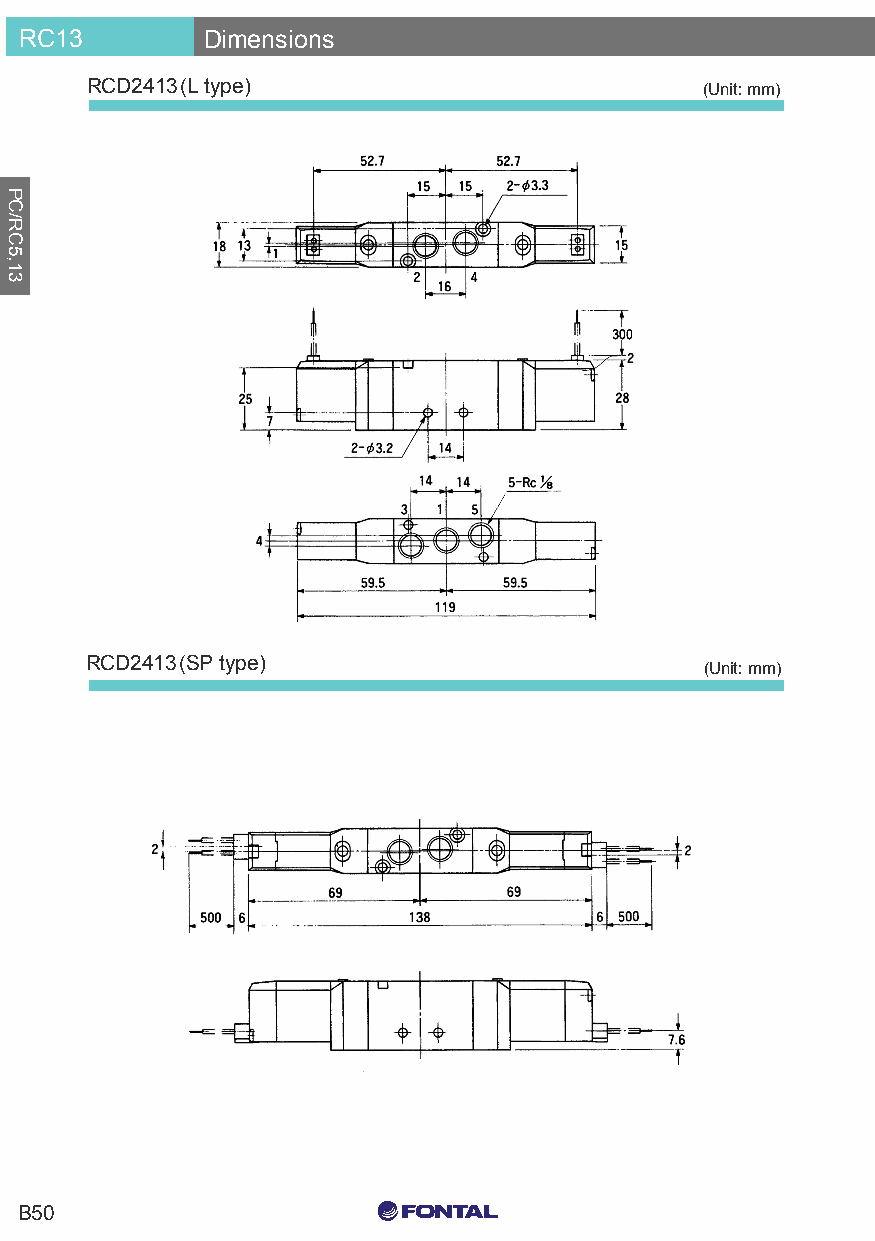
RC13        Dimensions
 RCD2413(L type)                          (Unit: mm)
 RCD2413(SP type)
 (Unit: mm)
 C0 M0 Y15 K15
 B50
 C0 M0 Y0 K100
 C0 M0 Y0 K0
 PC/RC5,13